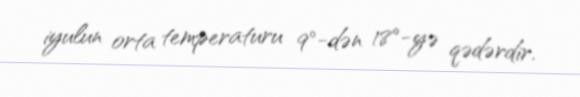
iyulun orta temperaturu 9°-dən 18°-yə qədərdir.